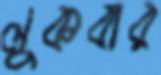
লুকবার